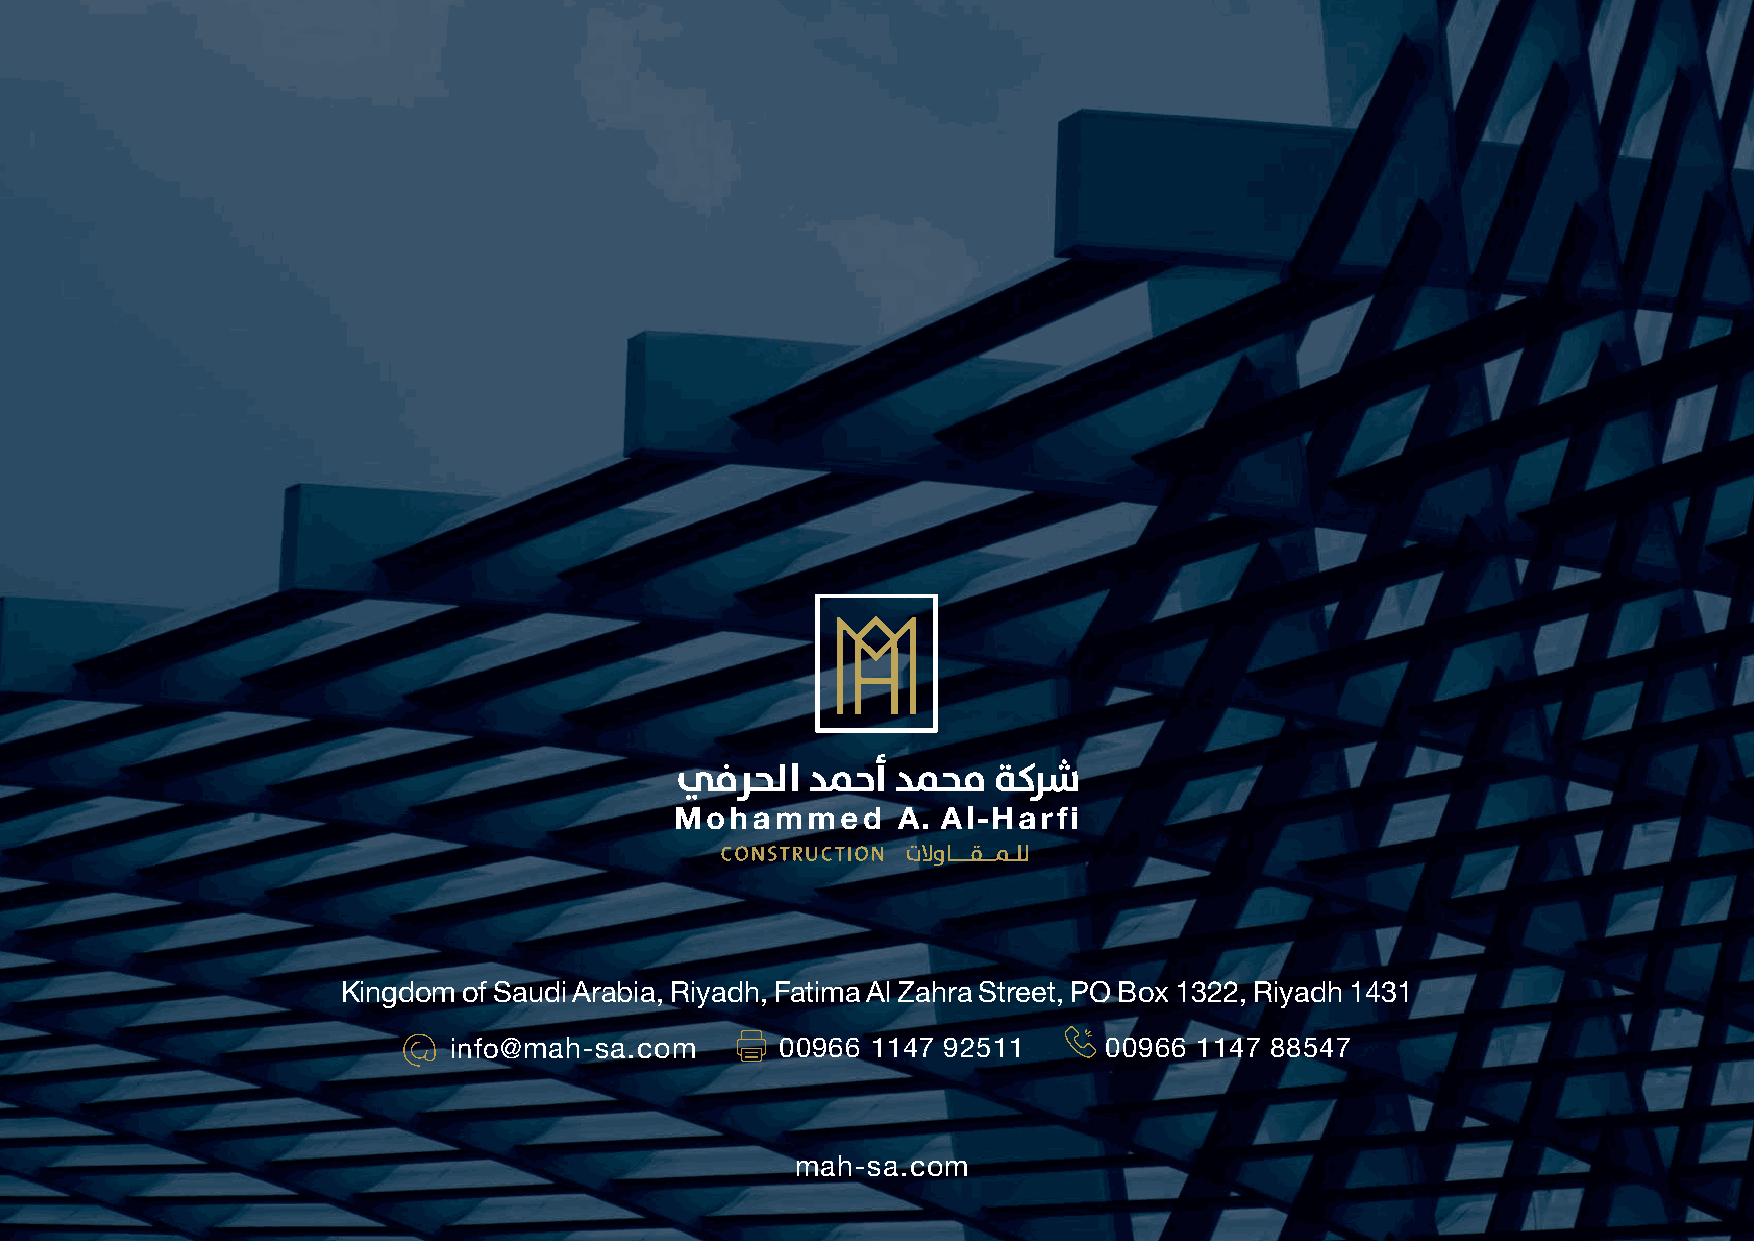
Kingdom of Saudi Arabia, Riyadh, Fatima Al Zahra Street, PO Box 1322, Riyadh 1431
 info@mah-sa.com       00966 1147 92511     00966 1147 88547
 mah-sa.com